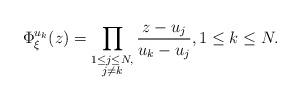
LaTeX: \begin{align*} \Phi_{\xi}^{u_k}(z) = \prod_{\substack{1 \leq j \leq N, \\ j \neq k}} \frac{z-u_j}{u_k-u_j}, 1 \leq k \leq N. \end{align*}